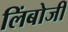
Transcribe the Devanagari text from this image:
लिंबोजी